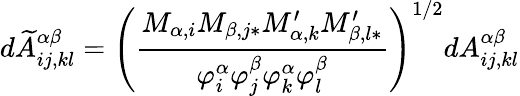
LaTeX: d\widetilde{A}_{ij,kl}^{\alpha\beta}=\left(\frac{M_{\alpha,i}M_{\beta,j\ast}M_{\alpha,k}^{\prime}M_{\beta,l\ast}^{\prime}}{\varphi_{i}^{\alpha}\varphi_{j}^{\beta}\varphi_{k}^{\alpha}\varphi_{l}^{\beta}}\right)^{1/2}dA_{ij,kl}^{\alpha\beta}